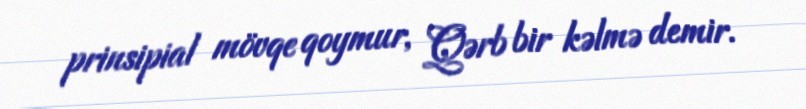
prinsipial mövqe qoymur, Qərb bir kəlmə demir.